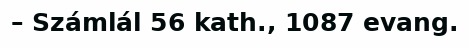
– Számlál 56 kath., 1087 evang.